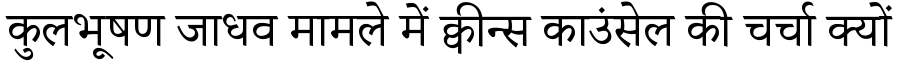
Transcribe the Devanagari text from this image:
कुलभूषण जाधव मामले में क्वीन्स काउंसेल की चर्चा क्यों